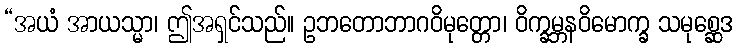
“အယံ အာယသ္မာ၊ ဤအရှင်သည်။ ဥဘတောဘာဂဝိမုတ္တော၊ ဝိက္ခမ္ဘနဝိမောက္ခ သမုစ္ဆေဒ